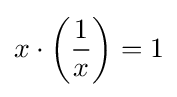
x\cdot \left({\frac {1}{x}}\right)=1